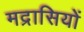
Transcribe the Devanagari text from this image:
मद्रासियों